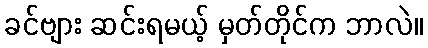
ခင်ဗျား ဆင်းရမယ့် မှတ်တိုင်က ဘာလဲ။